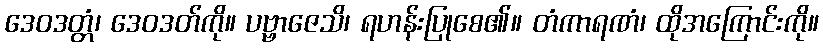
ဒေဝဒတ္တံ၊ ဒေဝဒတ်ကို။ ပဗ္ဗာဇေသိ၊ ရဟန်းပြုစေ၏။ တံကာရဏံ၊ ထိုအကြောင်းကို။